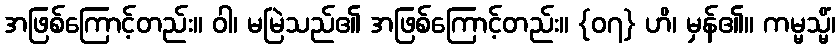
အဖြစ်ကြောင့်တည်း။ ဝါ၊ မမြဲသည်၏ အဖြစ်ကြောင့်တည်း။ {၀၇} ဟိ၊ မှန်၏။ ကမ္မသ္မိံ၊